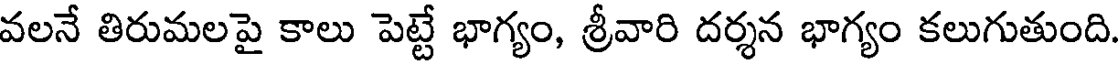
వలనే తిరుమలపై కాలు పెట్టే భాగ్యం, శ్రీవారి దర్శన భాగ్యం కలుగుతుంది.